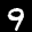
Label: 9